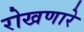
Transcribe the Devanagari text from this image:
रोखणारे